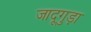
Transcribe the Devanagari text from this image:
जादूगुड़ा